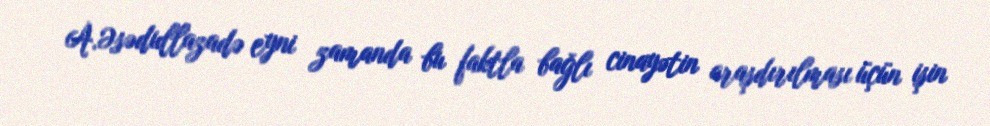
A.Əsədullazadə eyni zamanda bu faktla bağlı cinayətin araşdırılması üçün işin